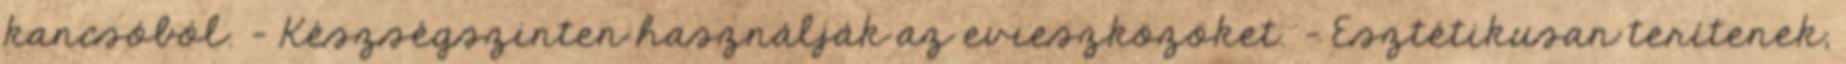
kancsóból. - Készségszinten használják az evıeszközöket. - Esztétikusan terítenek,